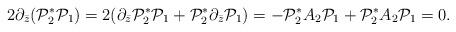
LaTeX: \begin{align*}2\partial_{\bar z}(\mathcal P^*_2\mathcal P_1)=2(\partial_{\bar z}\mathcal P^*_2\mathcal P_1+\mathcal P^*_2\partial_{\bar z}\mathcal P_1)=-\mathcal P^*_2A_2\mathcal P_1+\mathcal P^*_2A_2\mathcal P_1=0. \end{align*}